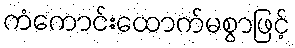
ကံကောင်းထောက်မစွာဖြင့်